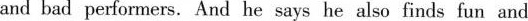
and bad performers. And he says he also finds !s fun and